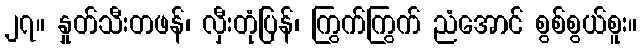
၂၇။ နှုတ်သီးတဖန်၊ လှီးတုံပြန်၊ ကြွက်ကြွက် ညံအောင် စွစ်စွယ်စူး။